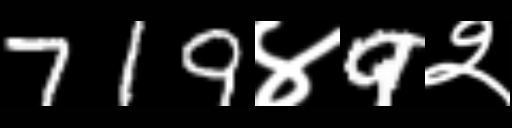
Text: 719४9२